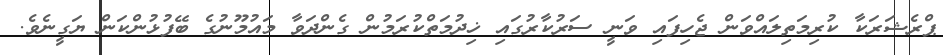
ޕްރެޝަރަކާ ކުރިމަތިލައްވަން ޖެހިފައި ވަނީ ސަރުކާރުގައި ޚިދުމަތްކުރަމުން ގެންދަވާ މައުމޫނުގެ ބޭފުޅުންކަން ޔަގީނެވެ.